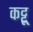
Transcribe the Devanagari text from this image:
कट्टू